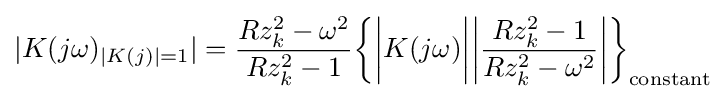
|K(j\omega )_{|K(j)|=1}|={\frac {Rz_{k}^{2}-\omega ^{2}}{Rz_{k}^{2}-1}}{\bigg \{}{\bigg |}K(j\omega ){\bigg |}{\bigg |}{\frac {Rz_{k}^{2}-1}{Rz_{k}^{2}-\omega ^{2}}}{\bigg |}{\bigg \}}_{\text{constant}}